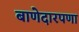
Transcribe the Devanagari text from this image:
बाणेदारपणा